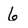
Character: 6